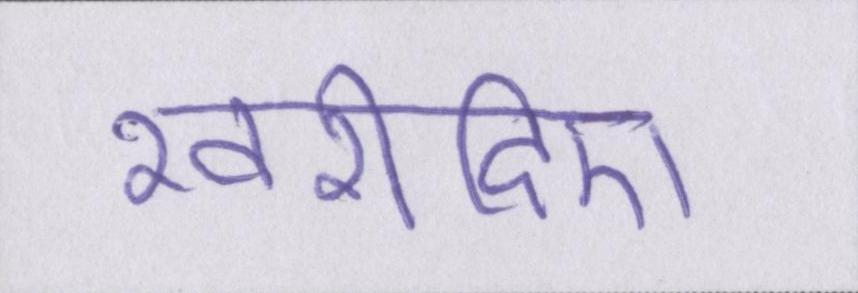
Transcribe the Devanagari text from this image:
खरीदिए